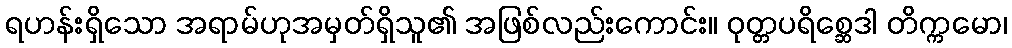
ရဟန်းရှိသော အရာမ်ဟုအမှတ်ရှိသူ၏ အဖြစ်လည်းကောင်း။ ဝုတ္တပရိစ္ဆေဒါ တိက္ကမော၊